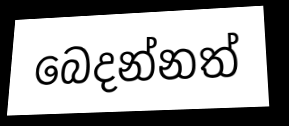
බෙදන්නත්